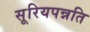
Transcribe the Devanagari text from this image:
सूरियपन्नति